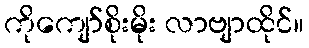
ကိုကျော်စိုးမိုး လာဗျာထိုင်။